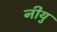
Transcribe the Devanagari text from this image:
नीयु